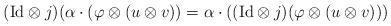
LaTeX: \begin{align*} (\mathrm{Id}\otimes j)( \alpha \cdot (\varphi \otimes (u \otimes v)) = \alpha \cdot ((\mathrm{Id} \otimes j)(\varphi \otimes (u \otimes v))) \end{align*}